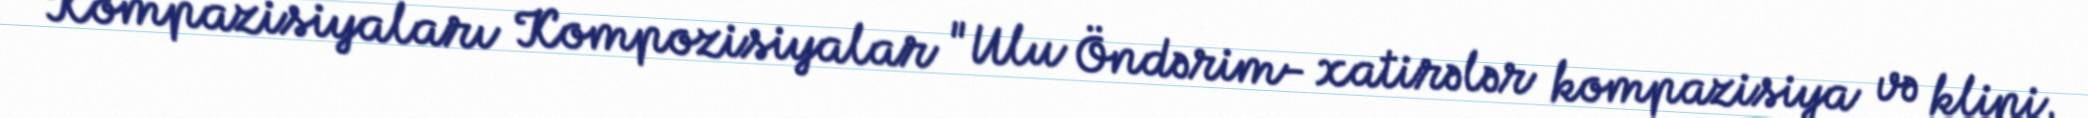
Kompazisiyaları Kompozisiyalar "Ulu Öndərim- xatirələr kompazisiya və klipi,